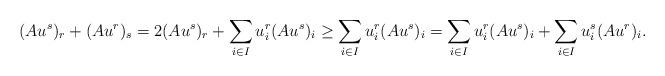
LaTeX: \begin{align*} (Au^s)_r + (Au^r)_s = 2(Au^s)_r + \sum_{i \in I} u^r_i(Au^s)_i \geq \sum_{i \in I} u^r_i(Au^s)_i = \sum_{i \in I} u^r_i(Au^s)_i + \sum_{i \in I} u^s_i(Au^r)_i.\end{align*}